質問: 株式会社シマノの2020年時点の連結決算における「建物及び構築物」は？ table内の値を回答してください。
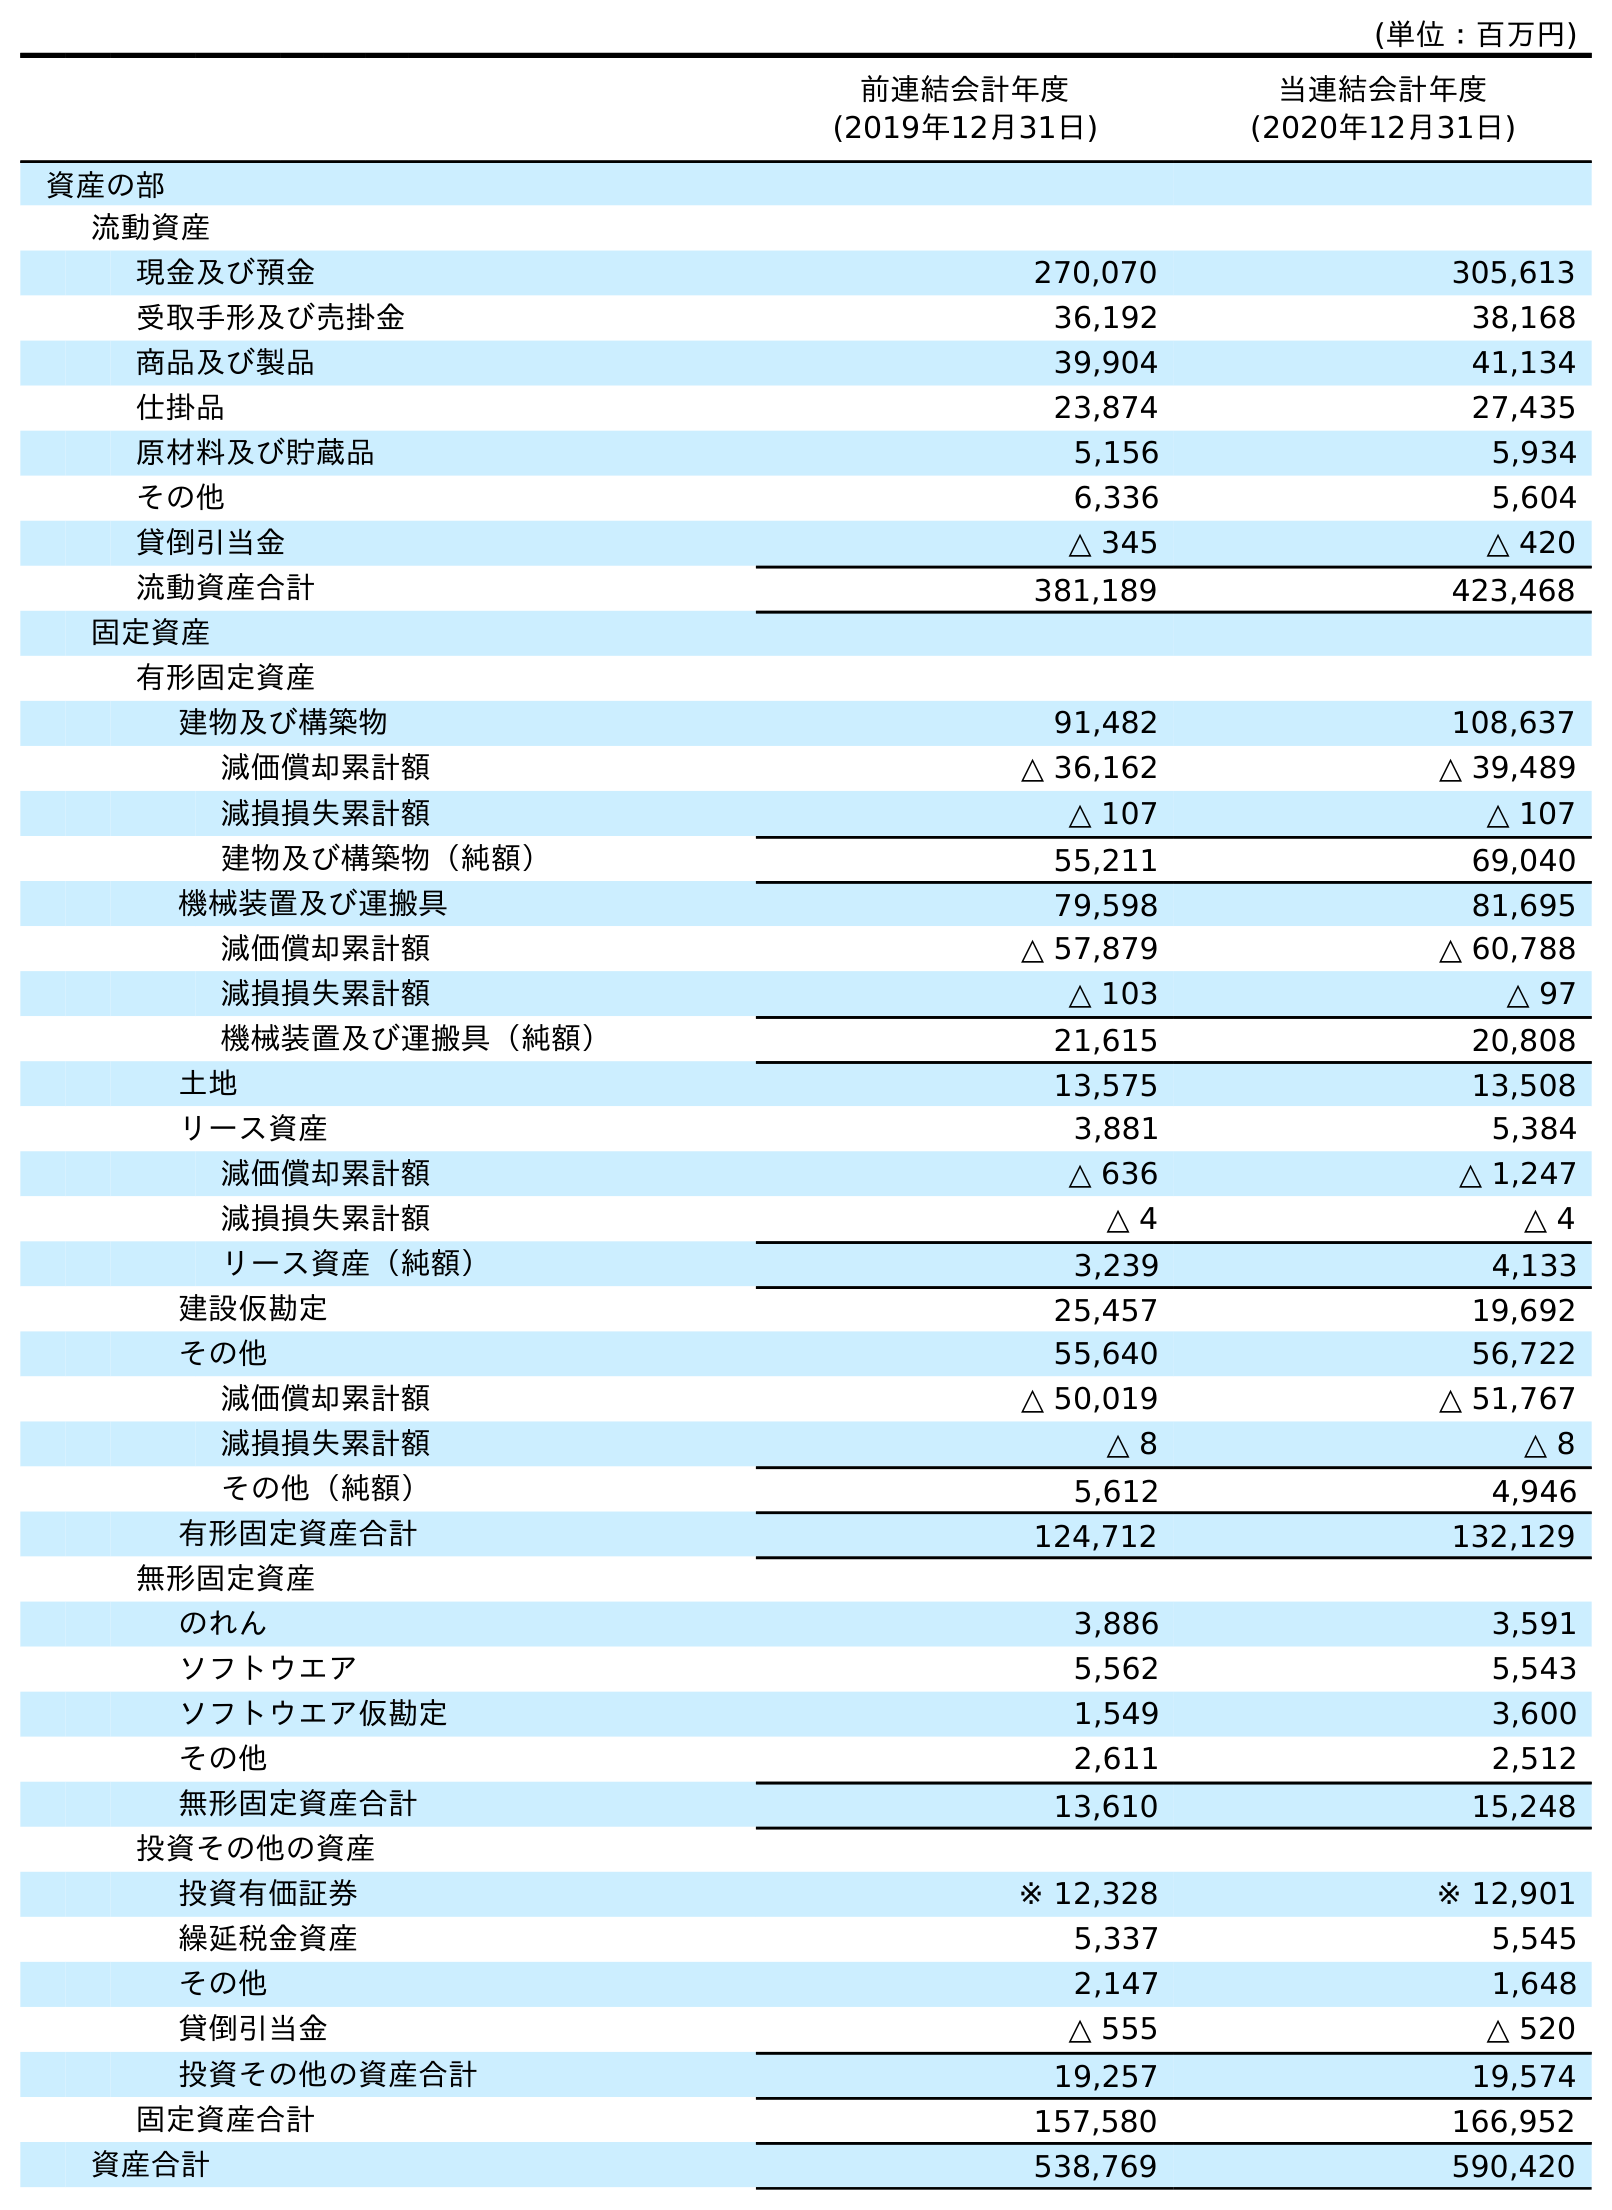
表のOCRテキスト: (単位：百万円) 前連結会計年度 (2019年12月31日) 当連結会計年度 (2020年12月31日) 資産の部 流動資産 現金及び預金 270,070 305,613 受取手形及び売掛金 36,192 38,168 商品及び製品 39,904 41,134 仕掛品 23,874 27,435 原材料及び貯蔵品 5,156 5,934 その他 6,336 5,604 貸倒引当金 △ 345 △ 420 流動資産合計 381,189 423,468 固定資産 有形固定資産 建物及び構築物 91,482 108,637 減価償却累計額 △ 36,162 △ 39,489 減損損失累計額 △ 107 △ 107 建物及び構築物（純額） 55,211 69,040 機械装置及び運搬具 79,598 81,695 減価償却累計額 △ 57,879 △ 60,788 減損損失累計額 △ 103 △ 97 機械装置及び運搬具（純額） 21,615 20,808 土地 13,575 13,508 リース資産 3,881 5,384 減価償却累計額 △ 636 △ 1,247 減損損失累計額 △ 4 △ 4 リース資産（純額） 3,239 4,133 建設仮勘定 25,457 19,692 その他 55,640 56,722 減価償却累計額 △ 50,019 △ 51,767 減損損失累計額 △ 8 △ 8 その他（純額） 5,612 4,946 有形固定資産合計 124,712 132,129 無形固定資産 のれん 3,886 3,591 ソフトウエア 5,562 5,543 ソフトウエア仮勘定 1,549 3,600 その他 2,611 2,512 無形固定資産合計 13,610 15,248 投資その他の資産 投資有価証券 ※ 12,328 ※ 12,901 繰延税金資産 5,337 5,545 その他 2,147 1,648 貸倒引当金 △ 555 △ 520 投資その他の資産合計 19,257 19,574 固定資産合計 157,580 166,952 資産合計 538,769 590,420
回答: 108,637